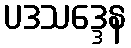
ပဒသဒ္ဒေန